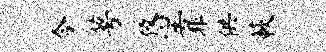
今萼悠靠供蔌